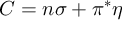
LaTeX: { \cal { C } } = n \sigma + \pi ^ { * } \eta